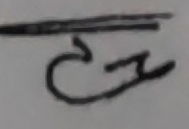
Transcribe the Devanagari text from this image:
द